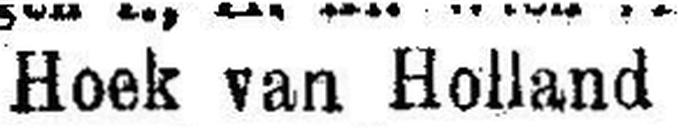
Hoek van Holland